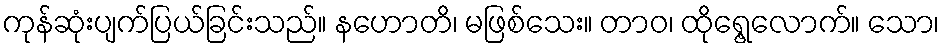
ကုန်ဆုံးပျက်ပြယ်ခြင်းသည်။ နဟောတိ၊ မဖြစ်သေး။ တာဝ၊ ထိုရွေ့လောက်။ သော၊